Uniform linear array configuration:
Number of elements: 24
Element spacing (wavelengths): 0.75
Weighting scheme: binomial
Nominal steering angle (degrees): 0
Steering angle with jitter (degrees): -0.5565
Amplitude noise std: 0.05
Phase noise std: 0.05

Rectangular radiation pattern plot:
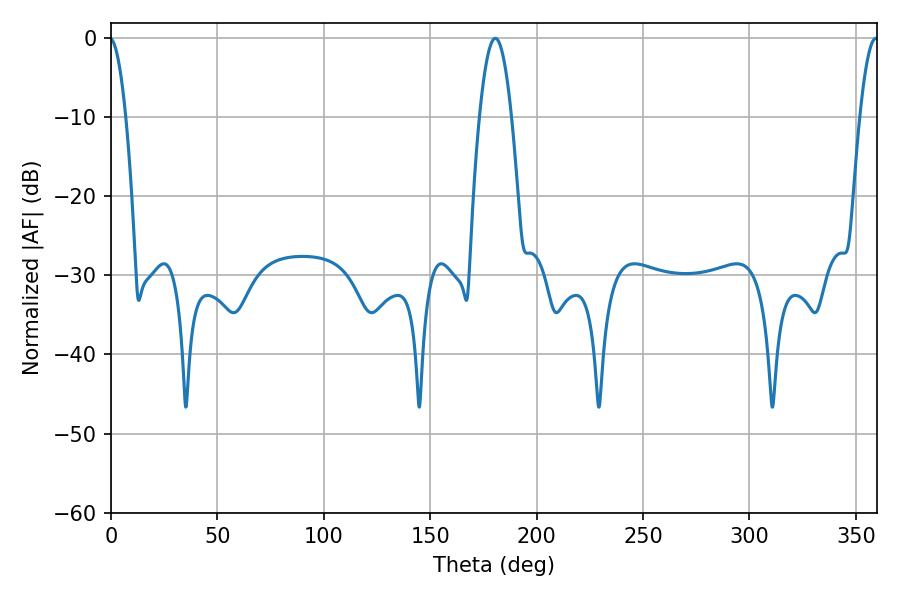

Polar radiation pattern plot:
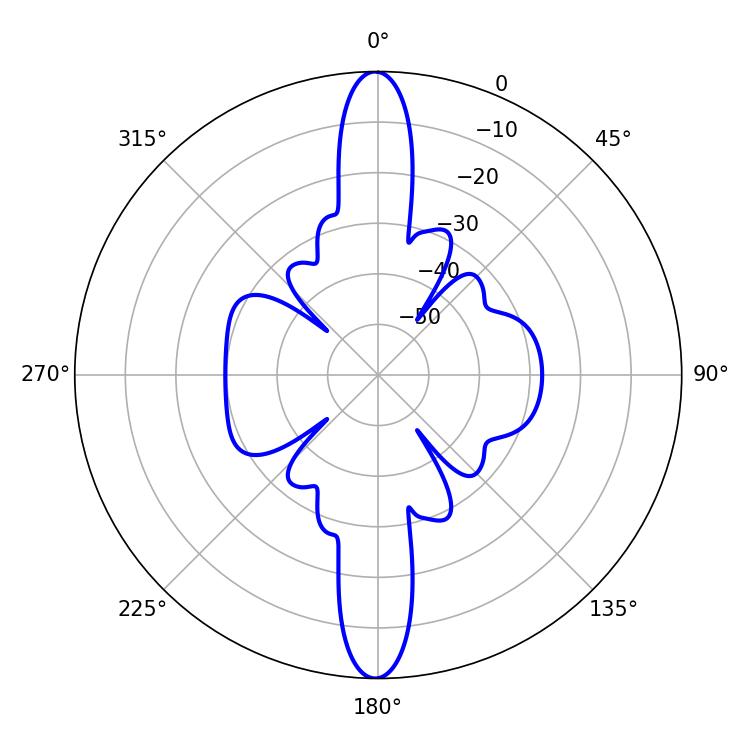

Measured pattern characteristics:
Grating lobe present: TRUE
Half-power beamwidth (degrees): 8.1
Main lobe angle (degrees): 180.54